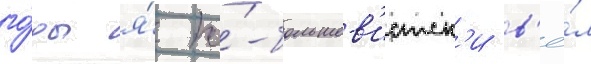
го́ды я́ по́-большев'истск'и в'ё́л